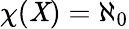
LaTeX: \chi(\mathit{X})=\aleph_{0}